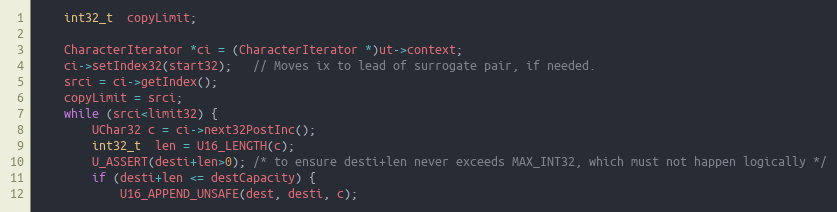
Language: C++
    int32_t  copyLimit;

    CharacterIterator *ci = (CharacterIterator *)ut->context;
    ci->setIndex32(start32);   // Moves ix to lead of surrogate pair, if needed.
    srci = ci->getIndex();
    copyLimit = srci;
    while (srci<limit32) {
        UChar32 c = ci->next32PostInc();
        int32_t  len = U16_LENGTH(c);
        U_ASSERT(desti+len>0); /* to ensure desti+len never exceeds MAX_INT32, which must not happen logically */
        if (desti+len <= destCapacity) {
            U16_APPEND_UNSAFE(dest, desti, c);